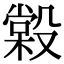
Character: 𣪿